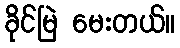
ခိုင်မြဲ မေးတယ်။